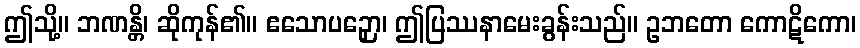
ဤသို့။ ဘဏန္တိ၊ ဆိုကုန်၏။ ဧသောပဉှော၊ ဤပြဿနာမေးခွန်းသည်။ ဥဘတော ကောဋိကော၊